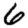
Digit: 6